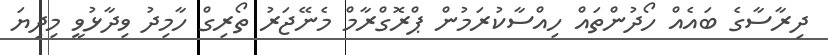
ދިރާސާގެ ބައެއް ހޯދުންތައް ހިއްސާކުރަމުން ޕްރޮގްރާމް މެނޭޖަރު ތޯރިގް ހާމިދު ވިދާޅުވީ މިދިޔަ